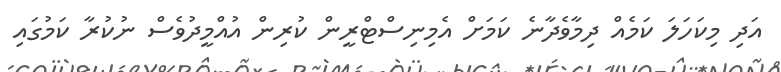
އަދި މިކަހަލަ ކަމެއް ދިމާވެދާނެ ކަމަށް އެމިނިސްޓްރީން ކުރިން އުއްމީދުވެސް ނުކުރާ ކަމުގައި